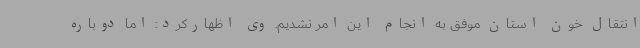
انتقال خون استان موفق به انجام این امر نشدیم. وی اظهارکرد: اما دوباره